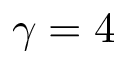
\gamma = 4